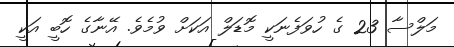
މަލްސާ 23 ގެ ހުވަފެނަކީ މޮޑަލް އަކަށް ވުމެވެ. އޭނާގެ ހޮބީ އަކީ